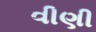
વીણી